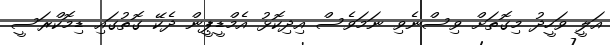
އަލީ ވަހީދު މިގޮތަށް ވިސްނެވި ނަމަވެސް އިދިކޮޅު އެމްޑީޕީން ދެކޭ ގޮތުގައި ޑިމޮކްރަސީ